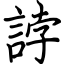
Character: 誖